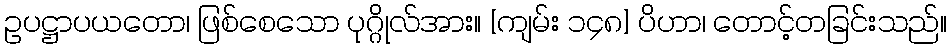
ဥပဋ္ဌာပယတော၊ ဖြစ်စေသော ပုဂ္ဂိုလ်အား။ [ကျမ်း ၁၄၈] ပိဟာ၊ တောင့်တခြင်းသည်။